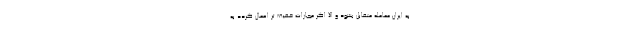
به ایران معامله متقابل بشود و الا اگر مجازات خفیف ‌تر اعمال گردد به